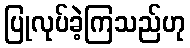
ပြုလုပ်ခဲ့ကြသည်ဟု